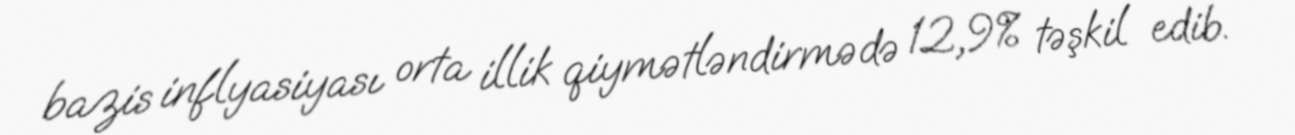
bazis inflyasiyası orta illik qiymətləndirmədə 12,9% təşkil edib.